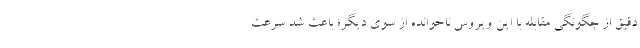
دقیق از چگونگی مقابله با این ویروس ناخوانده از سوی دیگر؛ باعث شد سرعت